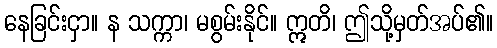
နေခြင်းငှာ။ န သက္ကာ၊ မစွမ်းနိုင်။ ဣတိ၊ ဤသို့မှတ်အပ်၏။